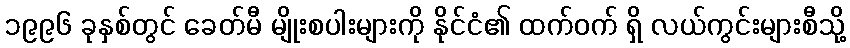
၁၉၉၆ ခုနှစ်တွင် ခေတ်မီ မျိုးစပါးများကို နိုင်ငံ၏ ထက်ဝက် ရှိ လယ်ကွင်းများစီသို့